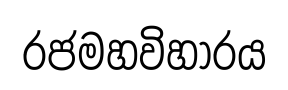
රජමහවිහාරය